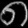
Digit: ၈